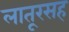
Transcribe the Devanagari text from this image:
लातूरसह